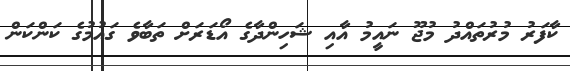
ކާފަރު މުރުތައްދު މުޖޫ ނައީމު އާއި ޝަހިންދާގެ އޯޑަރަށް ތަބާވެ ގައުމުގެ ކަންކަން